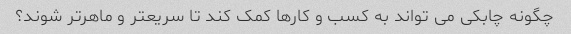
چگونه چابکی می تواند به کسب و کارها کمک کند تا سریعتر و ماهرتر شوند؟